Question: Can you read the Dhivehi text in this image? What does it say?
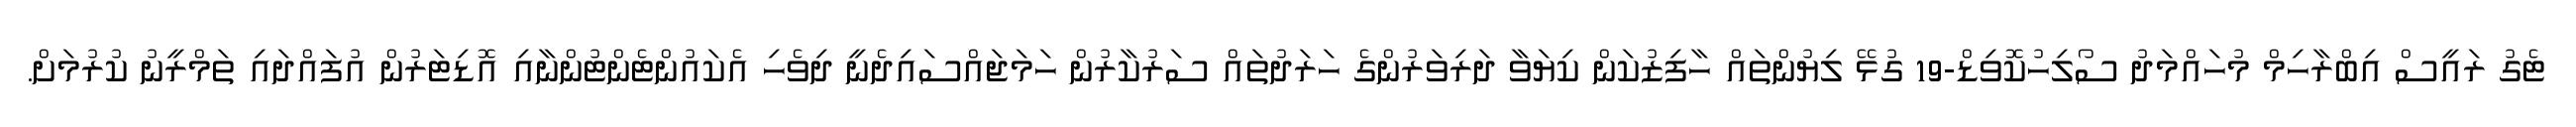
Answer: ޓެގު ރައީސް އިބްރާހިމް މުހައްމަދު ސޯލިހުކޮވިޑް-19 ގުޅޭ ލިޔުންތައް ހާފިޒުކަން ކިޔަވާ ދަރިވަރުންގެ ހަރަދުތައް ސަރުކާރުން ހަމަޖައްސައިދެނީ ދިވެހި އެކައުންޓެންޓުންނާއި އޮޑިޓަރުން އުފައްދައި ތަމްރީނު ކުރުމަށް.